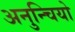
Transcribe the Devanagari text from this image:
अनुन्चियो